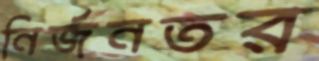
নির্জনতর